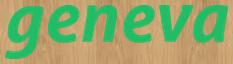
geneva